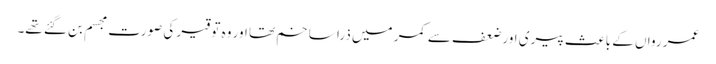
عمر رواں کے باعث پیری اور ضعف سے کمر میں ذرا سا خم تھا اور وہ توقیر کی صورت مجسم بن گئے تھے۔